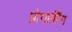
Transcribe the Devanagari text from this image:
प्रोगार्मिंग